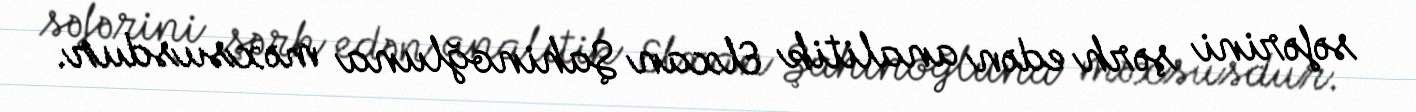
səfərini şərh edən analitik Elxan Şahinoğluna məxsusdur.